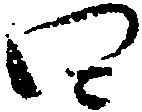
四